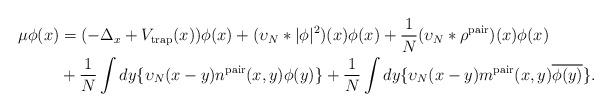
LaTeX: \begin{align*}\mu\phi(x) &= (-\Delta_x + V_\mathrm{trap}(x))\phi(x) + (\upsilon_N\ast |\phi|^2)(x)\phi(x) + \frac{1}{N}(\upsilon_N\ast \rho^\mathrm{pair})(x)\phi(x) \\&+ \frac{1}{N}\int{dy\{\upsilon_N(x-y)n^\mathrm{pair}(x,y)\phi(y)\}} + \frac{1}{N}\int{dy\{\upsilon_N(x-y)m^\mathrm{pair}(x,y)\overline{\phi(y)}\}}.\end{align*}